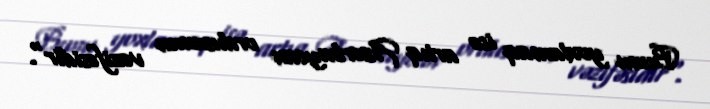
Bunu yoxlamaq isə artıq Azərbaycan ordusunun vəzifəsidir".